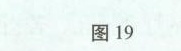
图19